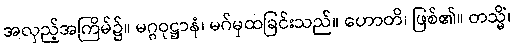
အလှည့်အကြိမ်၌။ မဂ္ဂဝုဋ္ဌာနံ၊ မဂ်မှထခြင်းသည်။ ဟောတိ၊ ဖြစ်၏။ တသ္မိံ၊